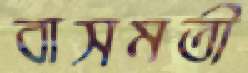
বাসমতী